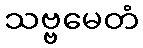
သဗ္ဗမေတံ